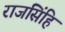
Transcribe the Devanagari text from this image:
राजसिंहि